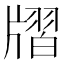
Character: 𤗨